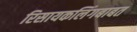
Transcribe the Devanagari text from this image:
रिसायकलिंगबाबत